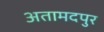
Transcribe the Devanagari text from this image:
अतामदपुर